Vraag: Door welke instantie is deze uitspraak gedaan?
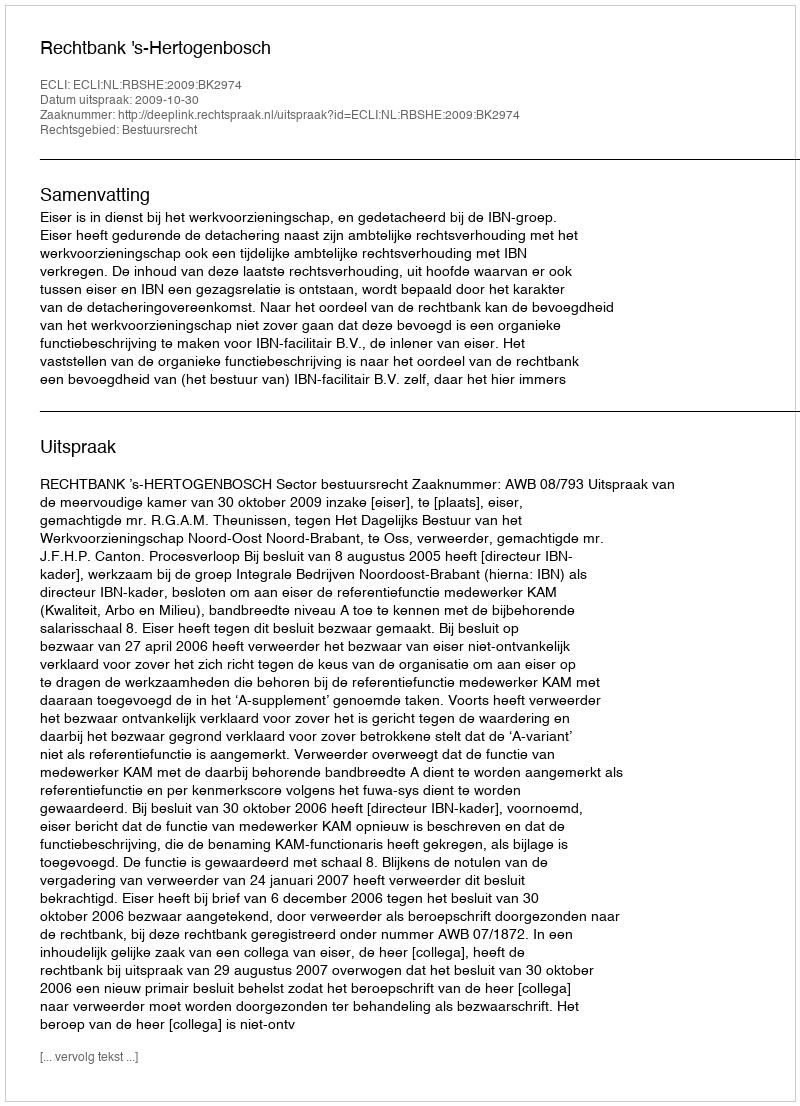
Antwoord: Rechtbank 's-Hertogenbosch